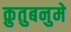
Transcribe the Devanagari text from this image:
क़ुतुबनुमे